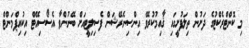
މި ކޮންޓްރެކްޓުގެ ދަށުން ތިލަފުށީގައި ޤާއިމުކުރެވޭ އިންސިނެރޭޝަން ފެސިލިޓީއަށް ބޭނުންވާ އެސޯސިއޭޓް އިކުއިޕްމަންޓް